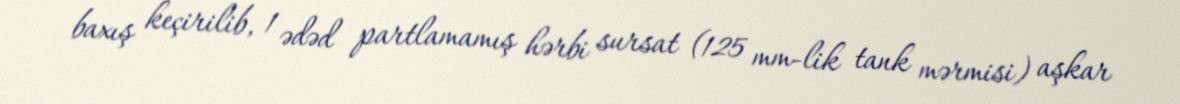
baxış keçirilib, 1 ədəd partlamamış hərbi sursat (125 mm-lik tank mərmisi) aşkar